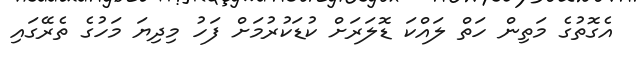
އެގޮތުގެ މަތިން ހަތް ލައްކަ ޑޮލަރަށް ކުޑަކުރުމަށް ފަހު މިދިޔަ މަހުގެ ތެރޭގައި